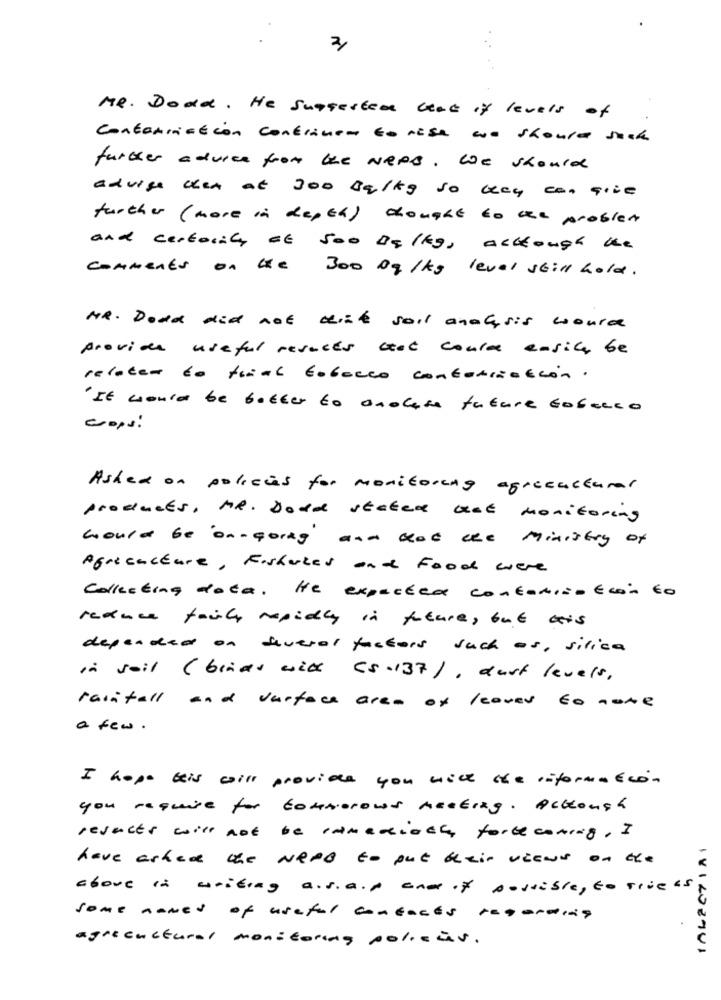
2
MR. Dodd. He Suggested that if levels of
Contamination contranem to AEsa No shoura such
further advice from the NEPS. We should
advise chen at 300 Balky so bay con quie
further (more in depth ) chought to the problem
and certocity Et 500 DE /kg, acthough the
comments on the 300 Dg/kg level still hold.
MR. Doad did not dize soil analysis would
provide useful results cat conla ensila be
relater to trial tobacco contaminación.
"It would be better to anolese future Gobanco
Crops !
Ashed on policies for monitoring agreeactual
products, MR. Doad stated vat monitoring
would be on-going and that the Ministry of
Africacture , Fisheries and Food were
Collecting dota. He expected contamination to
reduce fairly rapidly in future, but ais
depended on Several factors such as, silica
in soil (binas with 55.137/ , dust levels,
rainfall and surface area of leaves to none
a few.
I hope kis will provide you nice che información
you require for tommorows meeting. Ackauch
resucts will not be camediach forthcoming, I
have asked the NERO to put their views on the
above in writing a.s.a.p and if possible, to true as
some named of useful contacts regarding
agricultural monitoring policies.
181493981